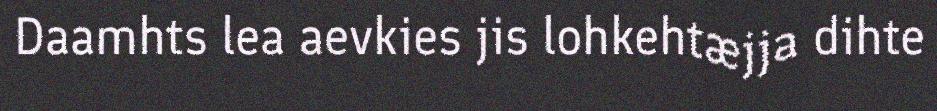
Daamhts lea aevkies jis lohkehtæjja dihte